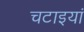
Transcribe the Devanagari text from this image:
चटाइयां